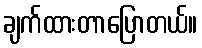
ချက်ထားတာပြောတယ်။